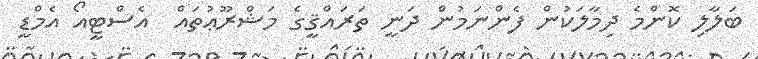
ބަލާލި ކޮންމެ ދިމާލަކުން ފެންނަމުން ދަނީ ތަރައްޤީގެ މަޝްރޫޢުތައް  އެސްޓީއޯ އެމްޑީ